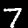
Label: 7